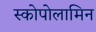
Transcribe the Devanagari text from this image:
स्कोपोलामिन